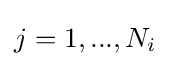
j=1,...,N_{i}